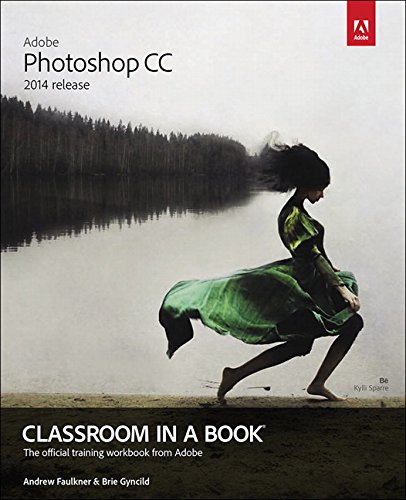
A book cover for Adobe Photoshop CC Classroom in a Book (2014 release); Andrew Faulkner; Computers & Technology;